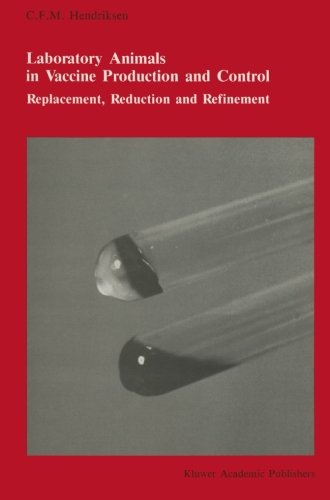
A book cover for Laboratory animals in vaccine production and control: Replacement, reduction and refinement (Developments in Hematology and Immunology); C.F.M. Hendriksen; Medical Books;